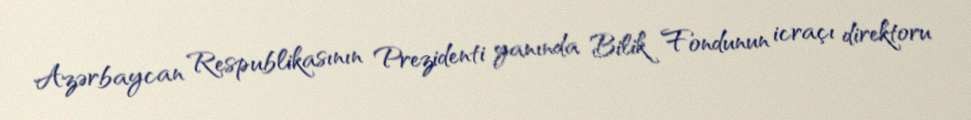
Azərbaycan Respublikasının Prezidenti yanında Bilik Fondunun icraçı direktoru